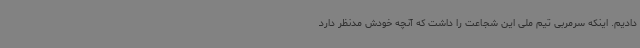
دادیم. اینکه سرمربی تیم ملی این شجاعت را داشت که آنچه خودش مدنظر دارد